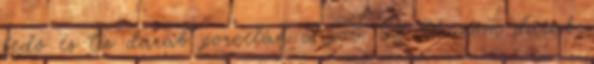
fedő és tíz darab porcelán csipor. 52. Három darab